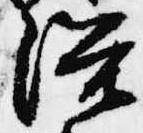
浴